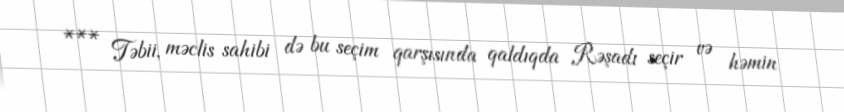
*** Təbii, məclis sahibi də bu seçim qarşısında qaldıqda Rəşadı seçir və həmin